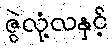
ဇွဲလုံ့လနှင့်